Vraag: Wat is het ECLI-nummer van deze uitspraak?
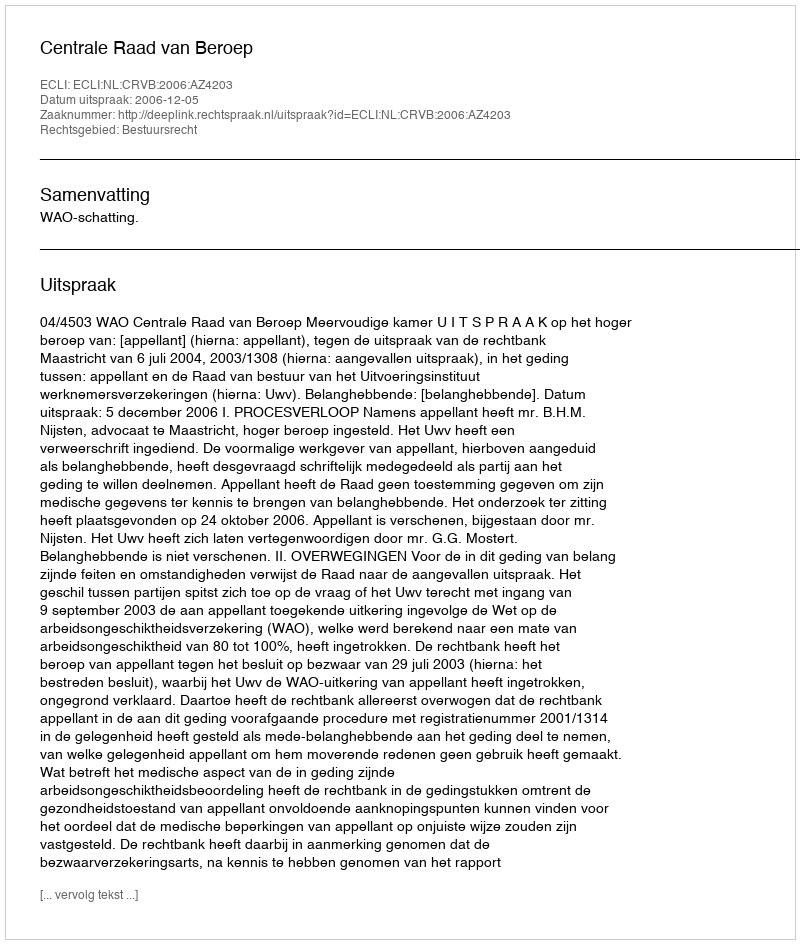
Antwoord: ECLI:NL:CRVB:2006:AZ4203